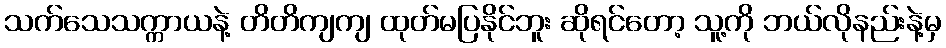
သက်သေသက္ကာယနဲ့ တိတိကျကျ ထုတ်မပြနိုင်ဘူး ဆိုရင်တော့ သူ့ကို ဘယ်လိုနည်းနဲ့မှ